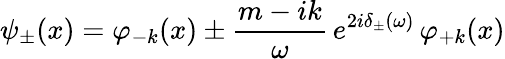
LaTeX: \psi_{\pm}(x)=\varphi_{-k}(x)\pm\frac{m-ik}{\omega}\, e^{2i\delta_{\pm}(\omega)}\, \varphi_{+k}(x)